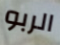
الربو